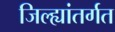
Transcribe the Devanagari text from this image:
जिल्ह्यांतर्गत